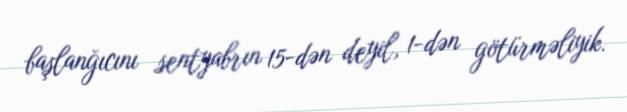
başlanğıcını sentyabrın 15-dən deyil, 1-dən götürməliyik.